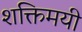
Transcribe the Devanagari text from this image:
शक्तिमयी